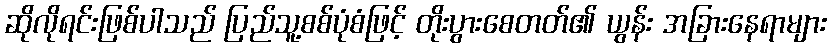
ဆိုလိုရင်းဖြစ်ပါသည် ပြည်သူ့စစ်ပုံစံဖြင့် တိုးပွားစေတတ်၏ ယွန်း အခြားနေရာများ